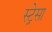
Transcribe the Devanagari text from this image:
स्ट्रेसा